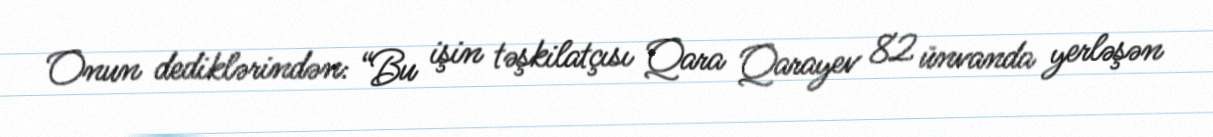
Onun dediklərindən: “Bu işin təşkilatçısı Qara Qarayev 82 ünvanda yerləşən